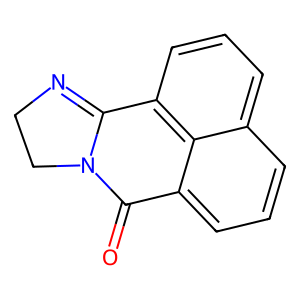
SMILES: O=c1c2cccc3cccc(c4n1CCN=4)c32
Inhibits HIV replication: No